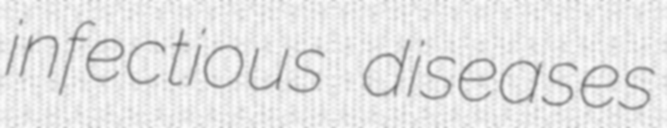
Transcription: infectious diseases